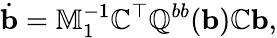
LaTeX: \dot{\mathbf b}=\mathbb{M}_{1}^{-1}\mathbb{C}^{\top}\mathbb{Q}^{bb}({\mathbf b})\mathbb{C}{\mathbf b},